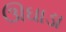
ઊઘાડા